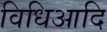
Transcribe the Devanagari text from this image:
विधिआदि